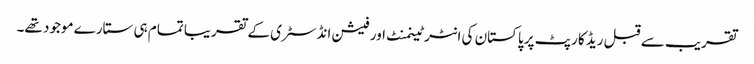
تقریب سے قبل ریڈ کارپٹ پر پاکستان کی انٹرٹینمنٹ اور فیشن انڈسٹری کے تقریبا تمام ہی ستارے موجود تھے۔